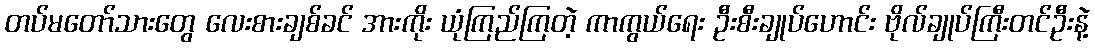
တပ်မတော်သားတွေ လေးစားချစ်ခင် အားကိုး ယုံကြည်ကြတဲ့ ကာကွယ်ရေး ဦးစီးချုပ်ဟောင်း ဗိုလ်ချုပ်ကြီးတင်ဦးနဲ့